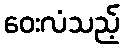
ဝေးလံသည့်